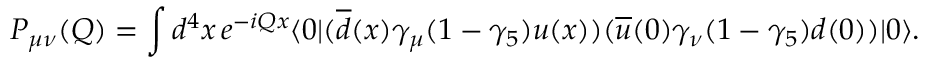
P _ { \mu \nu } ( Q ) = \int d ^ { 4 } x \, e ^ { - i Q x } \langle 0 | ( \overline { { d } } ( x ) \gamma _ { \mu } ( 1 - \gamma _ { 5 } ) u ( x ) ) ( \overline { { u } } ( 0 ) \gamma _ { \nu } ( 1 - \gamma _ { 5 } ) d ( 0 ) ) | 0 \rangle .